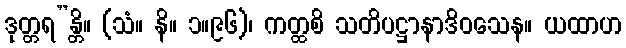
ဒုတ္တရ”န္တိ။ (သံ။ နိ။ ၁။၉၆)၊ ကတ္ထစိ သတိပဋ္ဌာနာဒိဝသေန။ ယထာဟ